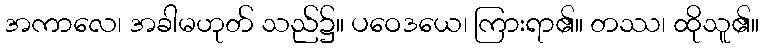
အကာလေ၊ အခါမဟုတ် သည်၌။ ပဝေဒယေ၊ ကြားရာ၏။ တဿ၊ ထိုသူ၏။